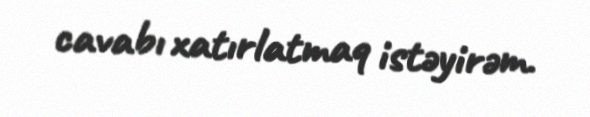
cavabı xatırlatmaq istəyirəm.